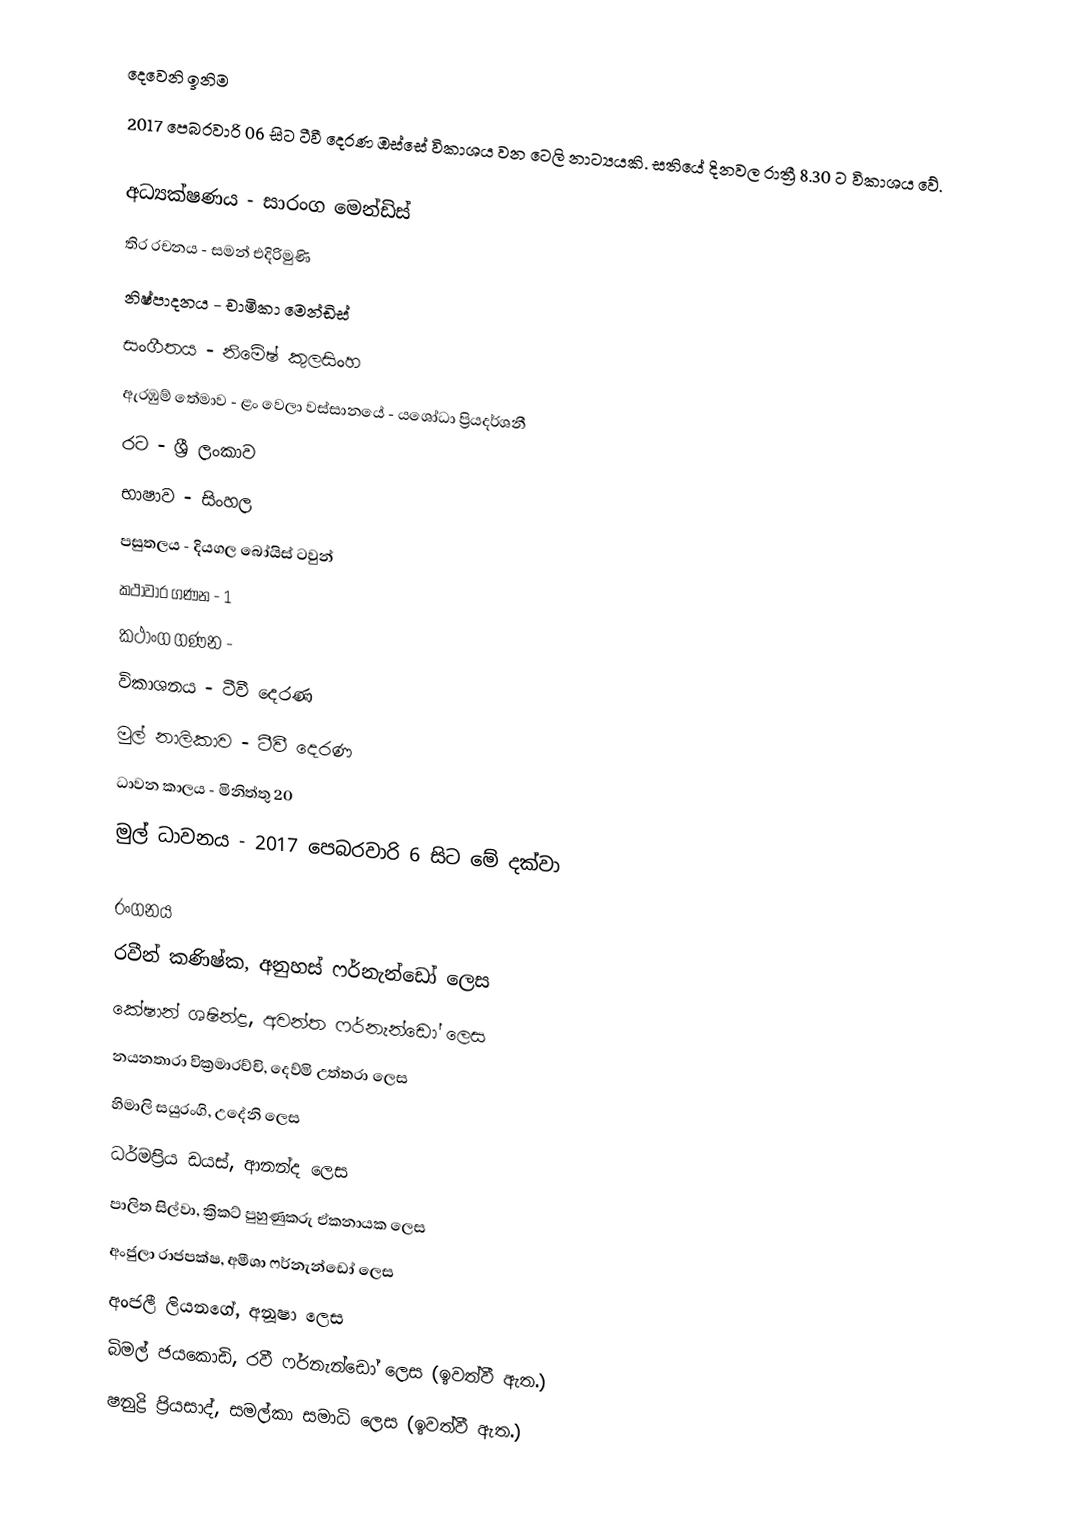
දෙවෙනි ඉනිම
2017 පෙබරවාරි 06 සිට ටීවී දෙරණ ඔස්සේ විකාශය වන ටෙලි නාට්‍යයකි. සතියේ දිනවල රාත්‍රී 8.30 ට විකාශය වේ.

අධ්‍යක්ෂණය - සාරංග මෙන්ඩිස්
තිර රචනය - සමන් එදිරිමුණි
නිෂ්පාදනය - චාමිකා මෙන්ඩිස්
සංගීතය - නිමේෂ් කුලසිංහ
ඇරඹුම් තේමාව - ළං වෙලා වස්සානයේ - යශෝධා ප්‍රියදර්ශනී
රට - ශ්‍රී ලංකාව
භාෂාව - සිංහල
පසුතලය - දියගල බෝයිස් ටවුන්
කථාවාර ගණන - 1
කථාංග ගණන -
විකාශනය - ටීවී දෙරණ
මුල් නාලිකාව - ටීවී දෙරණ
ධාවන කාලය - මිනිත්තු 20
මුල් ධාවනය - 2017 පෙබරවාරි 6 සිට මේ දක්වා

රංගනය
 රවීන් කණිෂ්ක, අනුහස් ෆර්නැන්ඩෝ ලෙස
 කේෂාන් ශෂින්ද්‍ර, අවන්ත ෆර්නැන්ඩෝ ලෙස
 නයනතාරා වික්‍රමාරච්චි, දෙව්මි උත්තරා ලෙස
 හිමාලි සයුරංගි, උදේනි ලෙස
 ධර්මප්‍රිය ඩයස්, ආනන්ද ලෙස
 පාලිත සිල්වා, ක්‍රිකට් පුහුණුකරු ඒකනායක ලෙස
 අංජුලා රාජපක්ෂ, අමීශා ෆර්නැන්ඩෝ ලෙස
 අංජලී ලියනගේ, අනූෂා ලෙස
 බිමල් ජයකොඩි, රවී ෆර්නැන්ඩෝ ලෙස (ඉවත්වී ඇත.)
 ෂනුද්‍රි ප්‍රියසාද්, සමල්කා සමාධි ලෙස (ඉවත්වී ඇත.)